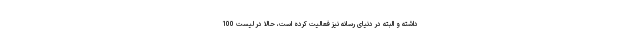
داشته و البته در دنیای رسانه نیز فعالیت کرده است، حالا در لیست 100